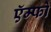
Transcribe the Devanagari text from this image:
ऍम्फो